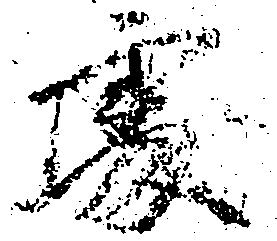
処